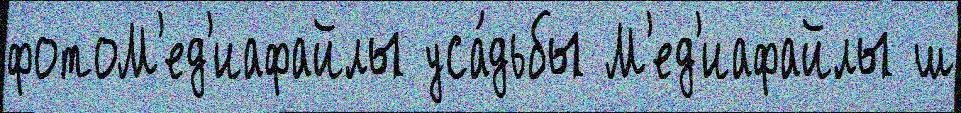
фотоМ'ед'иафайлы уса́дьбы М'ед'иафайлы ш